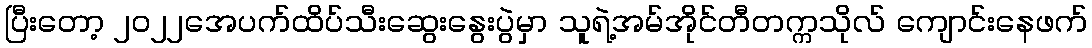
ပြီးတော့ ၂၀၂၂အေပက်ထိပ်သီးဆွေးနွေးပွဲမှာ သူရဲ့အမ်အိုင်တီတက္ကသိုလ် ကျောင်းနေဖက်